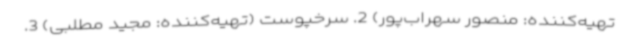
تهیه‌کننده: منصور سهراب‌پور) 2. سرخپوست (تهیه‌کننده: مجید مطلبی) 3.